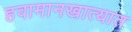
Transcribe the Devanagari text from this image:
हवामानखात्यात